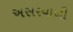
અસરવાળી